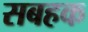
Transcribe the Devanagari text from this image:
सबहक